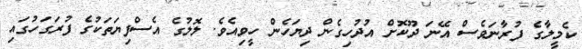
ކެމީލާގެ ފުރާނަވެސް އޭނަ ދޫކޮށް އުދުހިގެން ދިޔަހެން ހީވިއެވެ. ލޮލުގެ އެސްފިޔަތަކުގެ ފުރަގަހުގައި